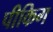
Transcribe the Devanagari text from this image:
पीकिग